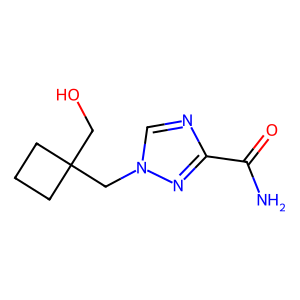
SMILES: NC(=O)c1ncn(CC2(CO)CCC2)n1
Inhibits HIV replication: No